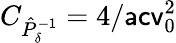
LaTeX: C_{\hat{P}_{\delta}^{-1}}=4/\mathsf{acv}_{0}^{2}